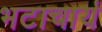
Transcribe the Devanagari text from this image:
भटाचार्य